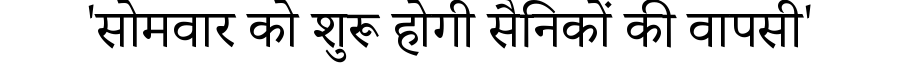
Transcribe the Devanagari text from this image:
'सोमवार को शुरू होगी सैनिकों की वापसी'